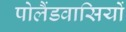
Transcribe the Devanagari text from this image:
पोलैंडवासियों